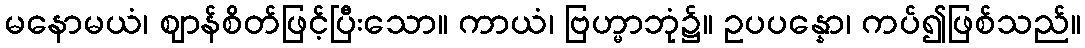
မနောမယံ၊ ဈာန်စိတ်ဖြင့်ပြီးသော။ ကာယံ၊ ဗြဟ္မာဘုံ၌။ ဥပပန္နော၊ ကပ်၍ဖြစ်သည်။